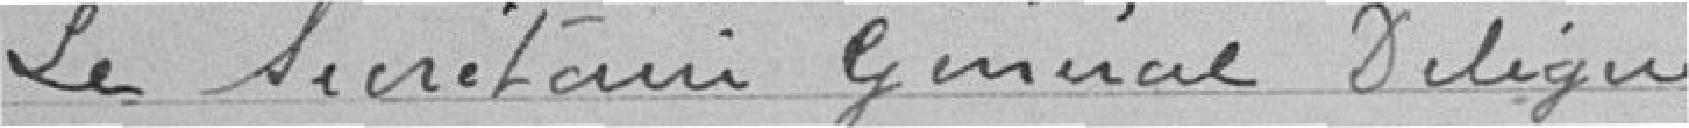
Le Secrétaire Délégué